Indian journal of veterinary science and animal husbandry - Volumes 22-23, 1952-1953
Year: 1952
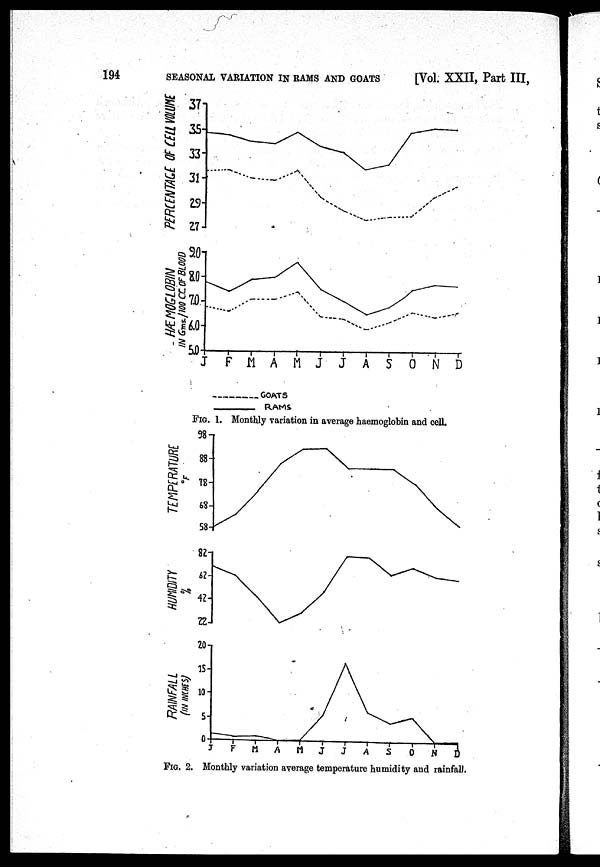
194
SEASONAL VARIATION IN RAMS AND GOATS
[Vol. XXII, Part III,
FIG. 1. Monthly variation in average haemoglobin and cell.
FIG. 2. Monthly variation average temperature humidity and rainfall.